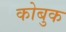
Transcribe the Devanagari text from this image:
कोबुक